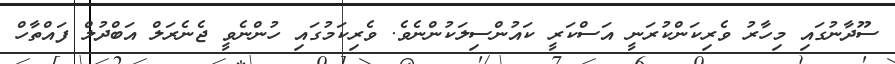
ސޫދާނުގައި މިހާރު ވެރިކަންކުރަނީ އަސްކަރީ ކައުންސިލަކުންނެވެ. ވެރިކަމުގައި ހުންނެވީ ޖެނެރަލް އަބްދުލް ފައްތާހް